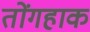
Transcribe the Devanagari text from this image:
तोंगहाक